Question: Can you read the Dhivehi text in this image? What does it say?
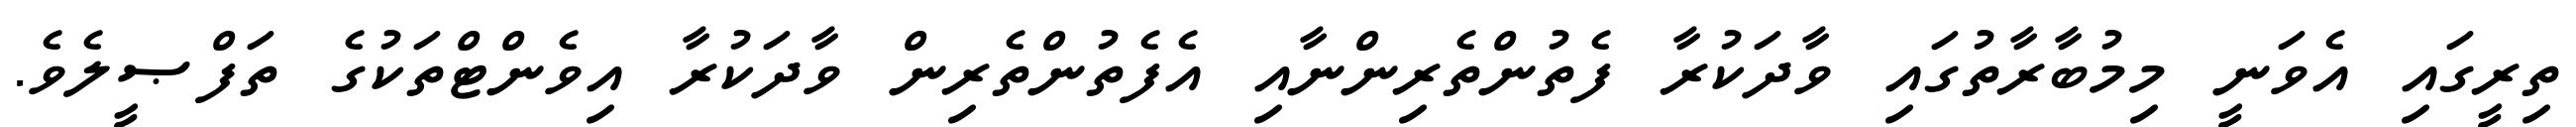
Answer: ތިރީގައި އެވަނީ މިމުބާރާތުގައި ވާދަކުރާ ފެތުންތެރިންނާއި އެފެތުންތެރިން ވާދަކުރާ އިވެންޓްތަކުގެ ތަފްޞީލެވެ.